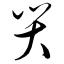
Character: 哭